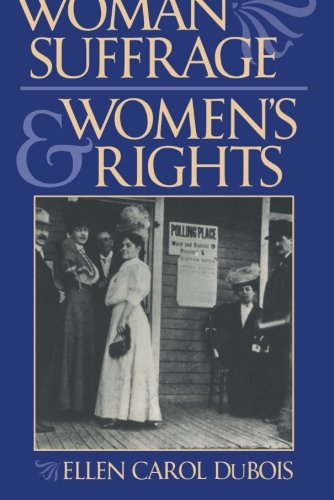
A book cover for Woman Suffrage and Women's Rights; Ellen Carol DuBois; Gay & Lesbian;